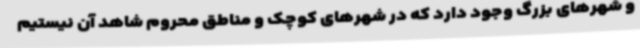
و شهرهای بزرگ وجود دارد که در شهرهای کوچک و مناطق محروم شاهد آن نیستیم